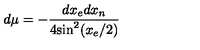
d \mu = - \frac { d x _ { e } d x _ { n } } { 4 \mathrm { s i n } ^ { 2 } ( x _ { e } / 2 ) }